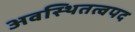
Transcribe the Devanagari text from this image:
अवस्थितत्वपद